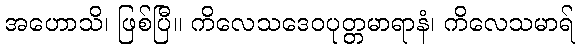
အဟောသိ၊ ဖြစ်ပြီ။ ကိလေသဒေဝပုတ္တမာရာနံ၊ ကိလေသမာရ်